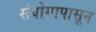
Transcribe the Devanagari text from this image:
संयोगापासून